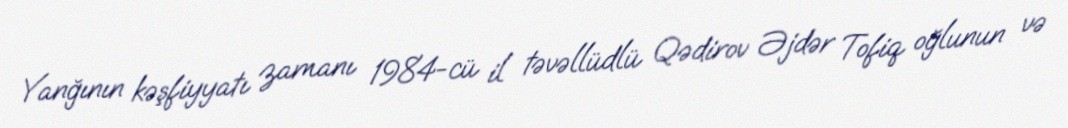
Yanğının kəşfiyyatı zamanı 1984-cü il təvəllüdlü Qədirov Əjdər Tofiq oğlunun və